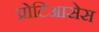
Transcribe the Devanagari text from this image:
प्रोटिआसेस